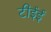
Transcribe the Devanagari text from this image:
टीईई